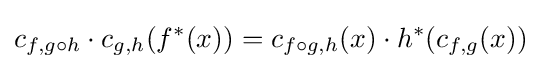
c_{f,g\circ h}\cdot c_{g,h}(f^{*}(x))=c_{f\circ g,h}(x)\cdot h^{*}(c_{f,g}(x))